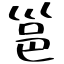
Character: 邕